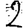
Digit: 2